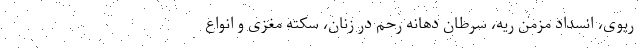
ریوی، انسداد مزمن ریه، سرطان دهانه رحم در زنان، سکته مغزی و انواع